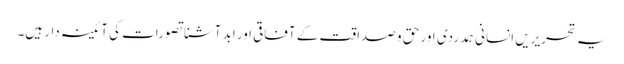
یہ تحریریں انسانی ہمدردی اور حق و صداقت کے آفاقی اور ابد آشنا تصورات کی آئینہ دار ہیں۔